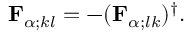
{ \mathbf { F } } _ { \alpha ; k l } = - ( { \mathbf { F } } _ { \alpha ; l k } ) ^ { \dagger } .